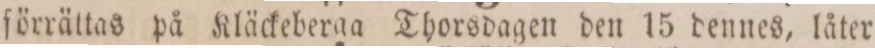
förrättas på Kläckeberga Thorsdagen den 15 dennes, låter